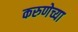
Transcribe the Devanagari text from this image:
करुणेच्या